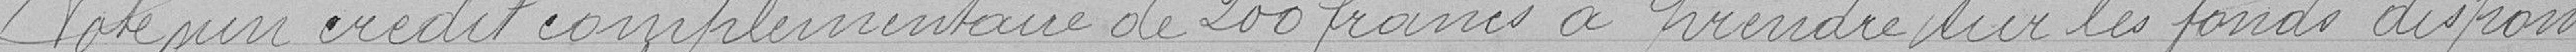
Vote un crédit complémentaire de 200 francs à prendre sur les fonds disponi=